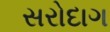
સરોદાગ